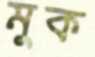
মুক